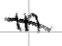
Text: in
Cross-out: diagonal
Writing tool: digital_black